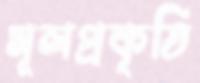
মূলপ্রকৃতি